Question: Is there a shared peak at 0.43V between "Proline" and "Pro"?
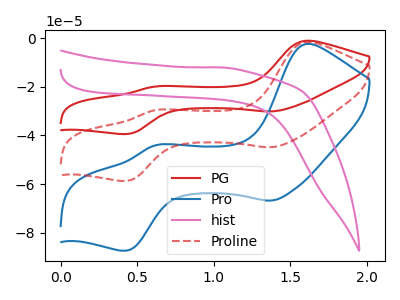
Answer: <think>The red curve "PG" has anodic peaks at (1.60V, -3.25uA) (0.60V, -59.40uA) and cathodic peaks at (1.35V, -89.75uA) (0.45V, -117.45uA). The blue curve "Pro" has anodic peaks at (1.60V, -2.45uA) (0.60V, -44.20uA) and cathodic peaks at (1.35V, -66.80uA) (0.45V, -87.40uA). The pink curve "hist" has no peaks. The red dashed curve "Proline" has anodic peaks at (1.60V, -1.65uA) (0.60V, -29.70uA) and cathodic peaks at (1.35V, -44.90uA) (0.45V, -58.70uA).</think>
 <answer>Yes, "Proline" and "Pro" share a peak at 0.43V.</answer>
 <eval>match</eval>